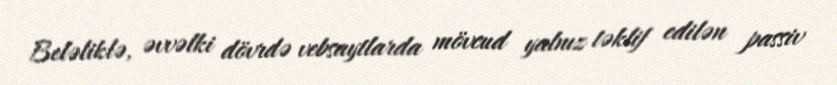
Beləliklə, əvvəlki dövrdə vebsaytlarda mövcud yalnız təklif edilən passiv